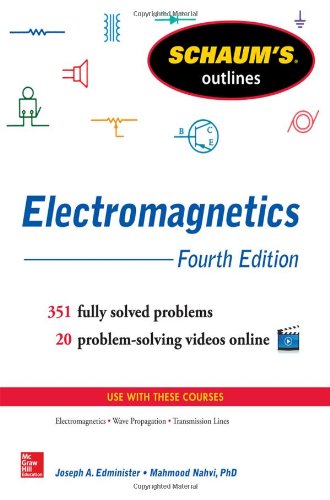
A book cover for Schaum's Outline of Electromagnetics, 4th Edition (Schaum's Outlines); Joseph Edminister; Test Preparation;